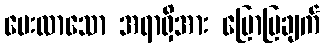
မေးလာသော အရာရှိအား ပြောပြချက်